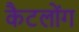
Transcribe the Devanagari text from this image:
कैटलोंग